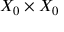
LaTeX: X _ { 0 } \times X _ { 0 }